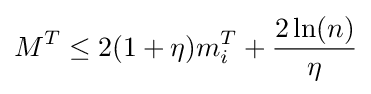
M^{T}\leq 2(1+\eta )m_{i}^{T}+{\frac {2\ln(n)}{\eta }}